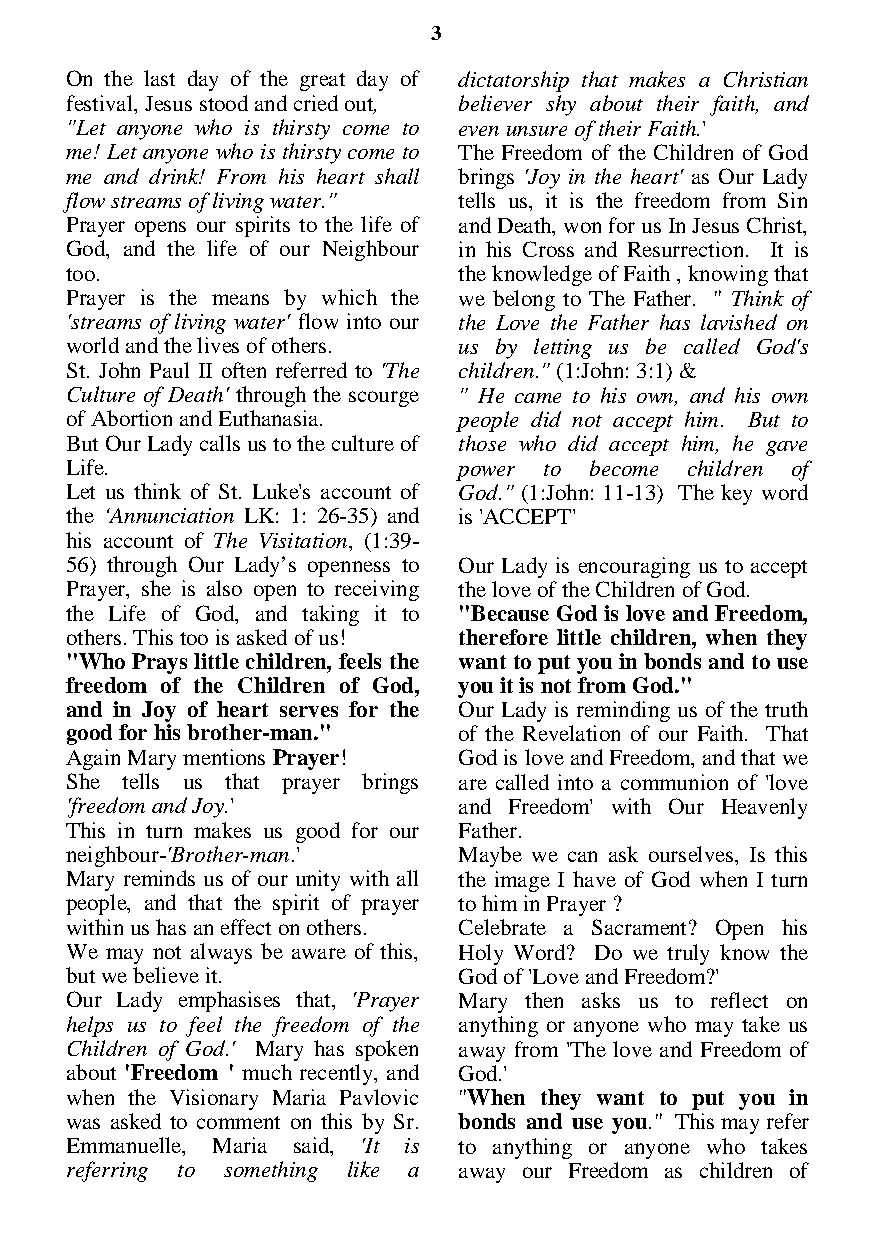
3
 On the last day of the great day of dictatorship that makes a Christian
 festival, Jesus stood and cried out, believer shy about their faith, and
 "Let anyone who is thirsty come to even unsure of their Faith.'
 me! Let anyone who is thirsty come to The Freedom of the Children of God
 me and drink! From his heart shall brings 'Joy in the heart' as Our Lady
 flow streams of living water." tells us, it is the freedom from Sin
 Prayer opens our spirits to the life of and Death, won for us In Jesus Christ,
 God, and the life of our Neighbour in his Cross and Resurrection. It is
 too.                      the knowledge of Faith , knowing that
 Prayer is the means by which the we belong to The Father. " Think of
 'streams of living water' flow into our the Love the Father has lavished on
 world and the lives of others. us by letting us be called God's
 St. John Paul II often referred to 'The children." (1:John: 3:1) &
 Culture of Death' through the scourge " He came to his own, and his own
 of Abortion and Euthanasia. people did not accept him. But to
 But Our Lady calls us to the culture of those who did accept him, he gave
 Life.                     power to become children of
 Let us think of St. Luke's account of God." (1:John: 11-13) The key word
 the ‘Annunciation LK: 1: 26-35) and is 'ACCEPT'
 his account of The Visitation, (1:39-
 56) through Our Lady’s openness to Our Lady is encouraging us to accept
 Prayer, she is also open to receiving the love of the Children of God.
 the Life of God, and taking it to "Because God is love and Freedom,
 others. This too is asked of us! therefore little children, when they
 "Who Prays little children, feels the want to put you in bonds and to use
 freedom of the Children of God, you it is not from God."
 and in Joy of heart serves for the Our Lady is reminding us of the truth
 good for his brother-man." of the Revelation of our Faith. That
 Again Mary mentions Prayer! God is love and Freedom, and that we
 She tells us that prayer brings are called into a communion of 'love
 'freedom and Joy.'        and Freedom' with Our Heavenly
 This in turn makes us good for our Father.
 neighbour-'Brother-man.'  Maybe we can ask ourselves, Is this
 Mary reminds us of our unity with all the image I have of God when I turn
 people, and that the spirit of prayer to him in Prayer ?
 within us has an effect on others. Celebrate a Sacrament? Open his
 We may not always be aware of this, Holy Word? Do we truly know the
 but we believe it.        God of 'Love and Freedom?'
 Our Lady emphasises that, 'Prayer Mary then asks us to reflect on
 helps us to feel the freedom of the anything or anyone who may take us
 Children of God.' Mary has spoken away from 'The love and Freedom of
 about 'Freedom ' much recently, and God.'
 when the Visionary Maria Pavlovic "When they want to put you in
 was asked to comment on this by Sr. bonds and use you." This may refer
 Emmanuelle, Maria said, 'It is to anything or anyone who takes
 referring to something like a away our Freedom as children of